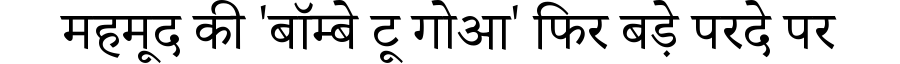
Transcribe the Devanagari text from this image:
महमूद की 'बॉम्बे टू गोआ' फिर बड़े परदे पर